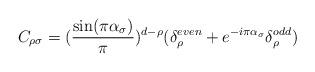
LaTeX: \begin{align*}C_{\rho\sigma}=(\frac{\sin(\pi\alpha_{\sigma})}{\pi})^{d-\rho}(\delta_{\rho}^{even}+e^{-i\pi\alpha_{\sigma}}\delta_{\rho}^{odd})\end{align*}